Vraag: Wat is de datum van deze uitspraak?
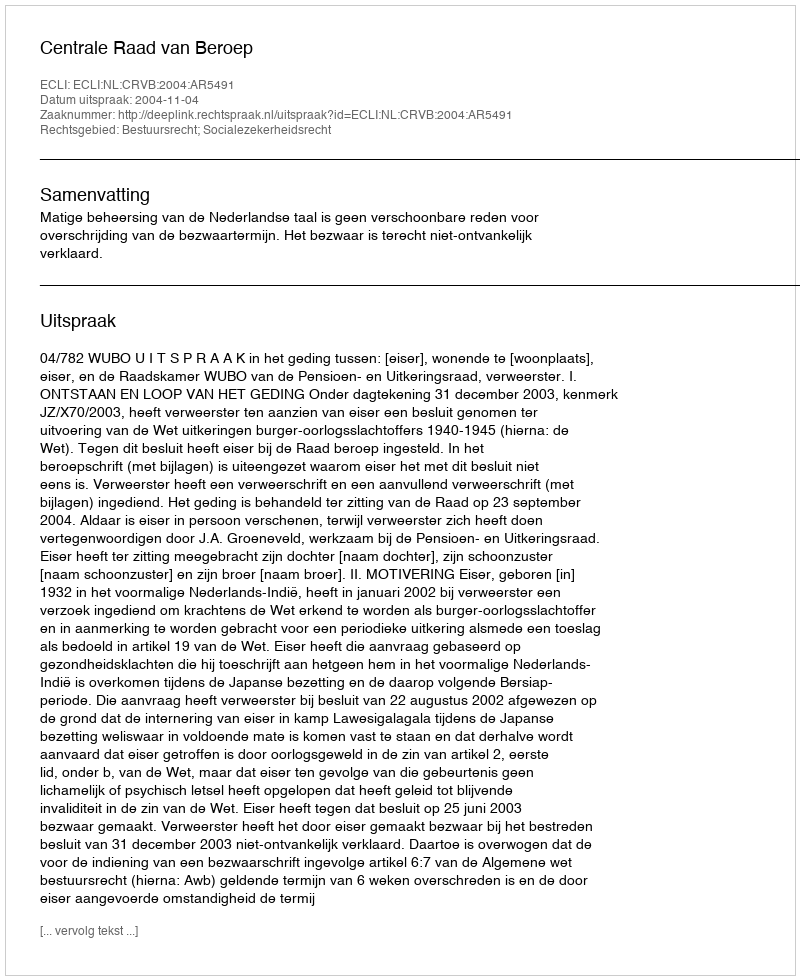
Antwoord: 2004-11-04